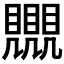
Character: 𧢛